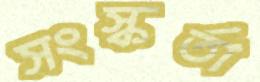
সংস্কর্তা